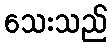
သေးသည်